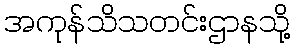
အကုန်သိသတင်းဌာနသို့